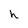
Character: h